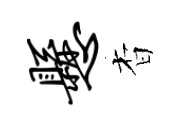
悬杳